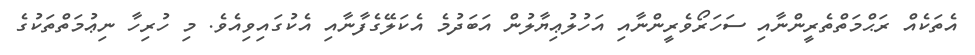
އެތަކެއް ރަޙްމަތްތެރީންނާއި ސަހަރޯވެރީންނާއި އަހުލުޢިޔާލުން އަބަދުމެ އެކަލޭގެފާނާއި އެކުގައިވިއެވެ. މި ހުރިހާ ނިޢުމަތްތަކުގެ